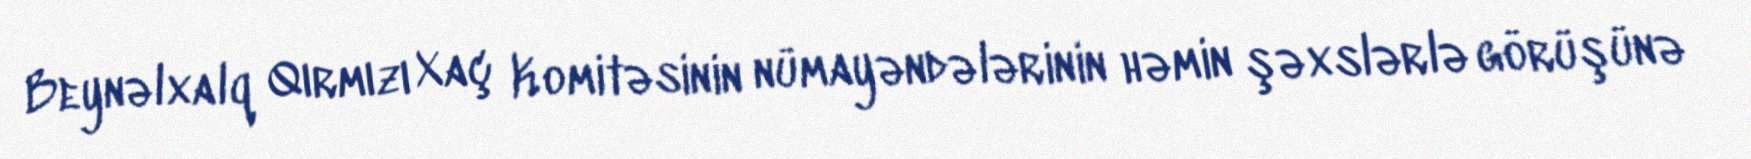
Beynəlxalq Qırmızı Xaç Komitəsinin nümayəndələrinin həmin şəxslərlə görüşünə